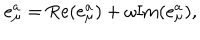
LaTeX: e _ { \mu } ^ { a } = \mathrm { R e } ( e _ { \mu } ^ { a } ) + \omega \mathrm { I m } ( e _ { \mu } ^ { a } ) ,